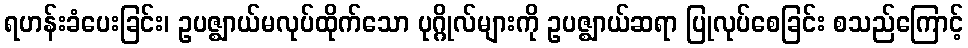
ရဟန်းခံပေးခြင်း၊ ဥပဇ္ဈာယ်မလုပ်ထိုက်သော ပုဂ္ဂိုလ်များကို ဥပဇ္ဈာယ်ဆရာ ပြုလုပ်စေခြင်း စသည်ကြောင့်